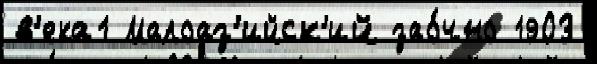
в'ека1 Малоаз'ийск'ий зао́чно 1903